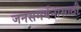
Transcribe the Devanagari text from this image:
जनसमर्थनासाठी